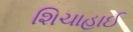
શિચાહાઈ